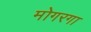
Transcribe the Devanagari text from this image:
मोगरगा